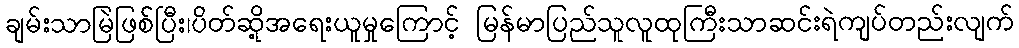
ချမ်းသာမြဲဖြစ်ပြီး၊ပိတ်ဆို့အရေးယူမှုကြောင့် မြန်မာပြည်သူလူထုကြီးသာဆင်းရဲကျပ်တည်းလျက်